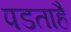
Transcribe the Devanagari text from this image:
पडताहै